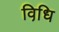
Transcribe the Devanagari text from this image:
विधि़